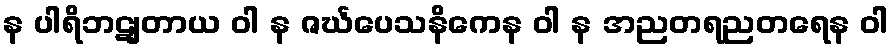
န ပါရိဘဋျတာယ ဝါ န ဇင်္ဃပေသနိကေန ဝါ န အညတရညတရေန ဝါ